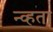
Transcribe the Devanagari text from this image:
न्व्हता